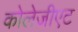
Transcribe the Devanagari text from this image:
कोलेजीएट